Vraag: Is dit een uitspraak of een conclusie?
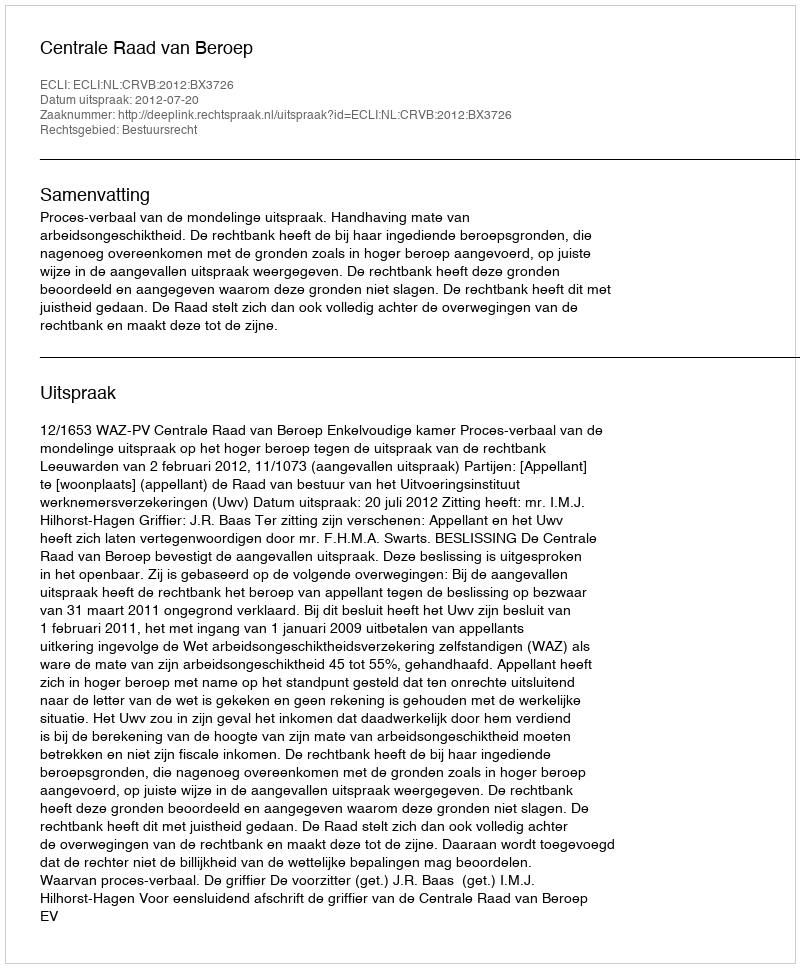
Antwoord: Uitspraak